画像に写った文字を読んでください
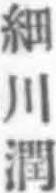
「細川潤」と書いてあります